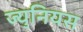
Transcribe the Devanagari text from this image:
ज्युनियस